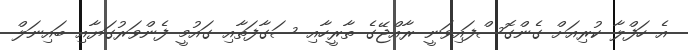
އެ ހަފްލާ ކުރިއަށް ގެންގޮސްފައިވަނީ ރާއްޖޭގެ ތާރީހާއި ސަގާފަތާއި ގައުމީ ފެންވަރުގަޔާއި ބައިނަލް